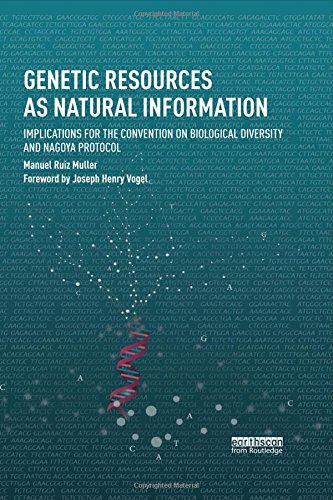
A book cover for Genetic Resources as Natural Information: Implications for the Convention on Biological Diversity and Nagoya Protocol (Routledge Studies in Law and Sustainable Development); Manuel Ruiz Muller; Law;